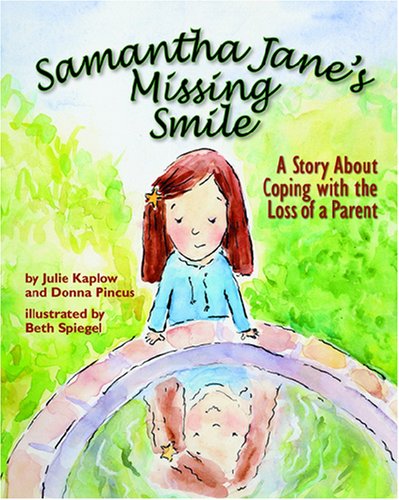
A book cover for Samantha Jane's Missing Smile: A Story About Coping With the Loss of a Parent; Julie Kaplow; Politics & Social Sciences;